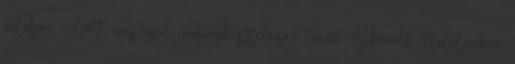
a lábára célzott csapással mozgásképtelenné tenni. Sikerült eltalálnom a